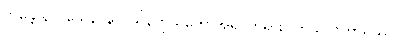
ဘန္တေ နာဂသေန၊ နာဂသိန်ကိုယ်တော်အရှင်ဘုရား။ ကုသလကာရိဿပိ၊